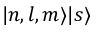
| n , l , m \rangle | s \rangle